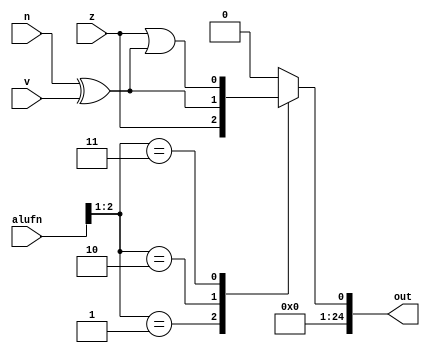
/*
   This file was generated automatically by the Mojo IDE version B1.3.6.
   Do not edit this file directly. Instead edit the original Lucid source.
   This is a temporary file and any changes made to it will be destroyed.
*/

module compare_28 (
    input z,
    input v,
    input n,
    input [5:0] alufn,
    output reg [24:0] out
  );
  
  
  
  reg lsb;
  
  always @* begin
    
    case (alufn[1+1-:2])
      2'h1: begin
        lsb = z;
      end
      2'h2: begin
        lsb = n ^ v;
      end
      2'h3: begin
        lsb = z | (n ^ v);
      end
      default: begin
        lsb = 1'h0;
      end
    endcase
    out = {24'h000000, lsb};
  end
endmodule